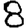
Digit: 8